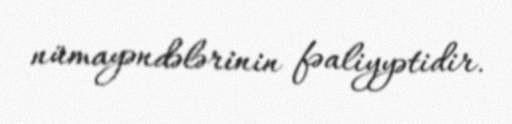
nümayəndələrinin fəaliyyətidir.